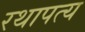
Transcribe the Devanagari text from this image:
रथापत्य